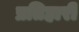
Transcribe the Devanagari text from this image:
प्रतिहारीं